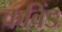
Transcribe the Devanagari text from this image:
कविंड